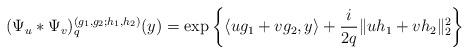
LaTeX: \begin{align*} (\Psi_{u} *\Psi_{v} )_q^{(g_1,g_2;h_1,h_2)}(y)= \exp\bigg\{\langle{ug_1+vg_2,y}\rangle+\frac{i}{2q}\|uh_1+vh_2\|_2^2\bigg\} \end{align*}